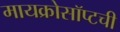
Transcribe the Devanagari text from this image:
मायक्रोसॉप्टची